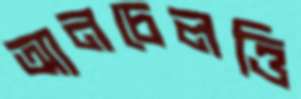
আনচেলত্তি